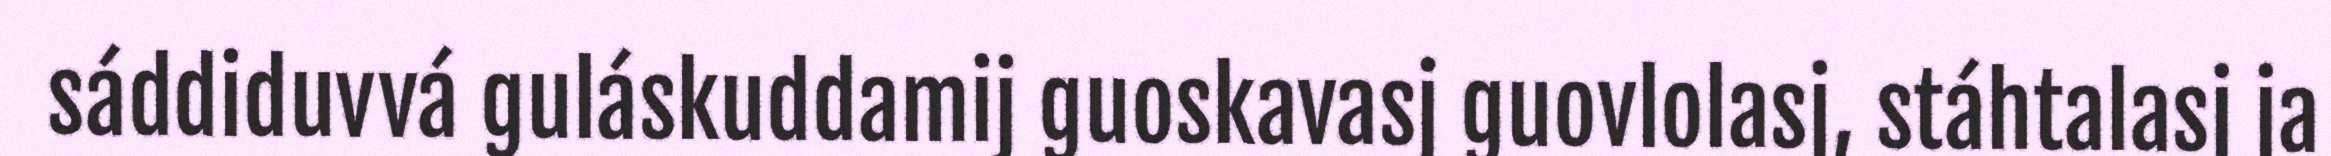
sáddiduvvá guláskuddamij guoskavasj guovlolasj, stáhtalasj ja